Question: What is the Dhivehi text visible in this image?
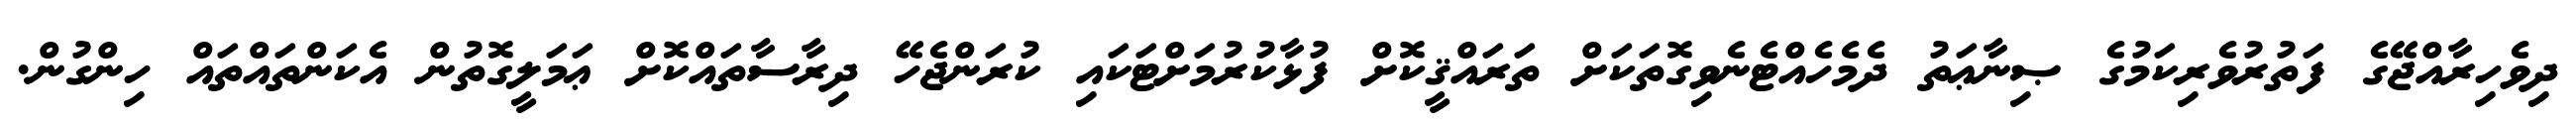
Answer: ދިވެހިރާއްޖޭގެ ފަތުރުވެރިކަމުގެ ޞިނާޢަތު ދެމެހެއްޓެނެވިގޮތަކަށް ތަރައްޤީކޮށް ފުޅާކުރުމަށްޓަކައި ކުރަންޖެހޭ ދިރާސާތައްކޮށް ޢަމަލީގޮތުން އެކަންތައްތައް ހިންގުން.